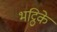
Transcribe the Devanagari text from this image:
भट्ठिके